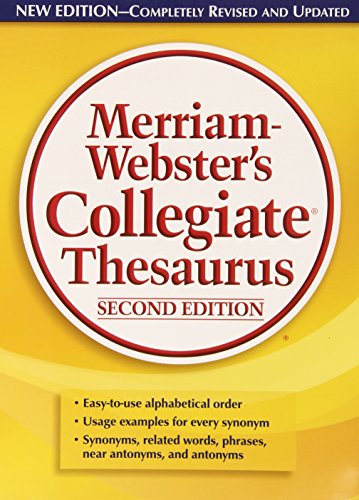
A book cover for Merriam-Webster's Collegiate Thesaurus; Reference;